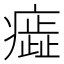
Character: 𤺙